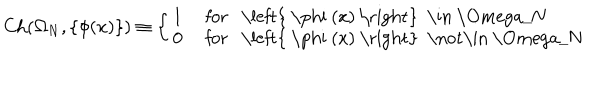
LaTeX: \mathrm { C h } ( \Omega _ { N } , \left\{ \phi ( x ) \right\} ) \equiv \left\{ \left\{ \begin{cases} { { 1 } } & { { f o r \left\{ \phi ( x ) \right\} \in \Omega _ { N } } } \\ { { 0 } } & { { f o r \left\{ \phi ( x ) \right\} \not \in \Omega _ { N } } } \\ \end{cases} \right. \right.